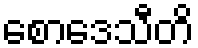
စောဒေသီတိ